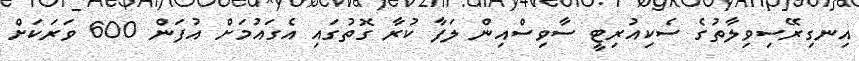
އިނގިރޭސިވިލާތުގެ ސެކިއުރިޓީ ސާވިސްއިން ލަފާ ކުރާ ގޮތުގައި އެގައުމަށް އުފަން 600 ވަރަކަށް